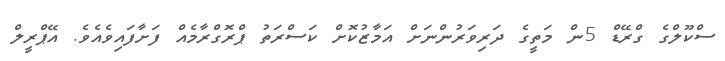
ސްކޫލްގެ ގްރޭޑް 5ން މަތީގެ ދަރިވަރުންނަށް އަމާޒުކޮށް ކަސްރަތު ޕްރޮގްރާމެއް ފަށާފައިވެއެވެ. އޭޕްރީލް